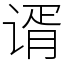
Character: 谞